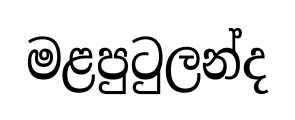
මළපුටුලන්ද